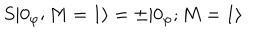
S | 0 _ { \varphi } ; M = 1 \rangle = \pm | 0 _ { \varphi } ; M = 1 \rangle